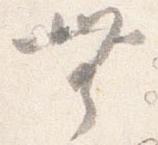
無